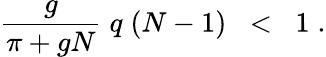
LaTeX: \frac{g}{\pi+gN}\; q\; (N-1)\; \; <\; \; 1\; .